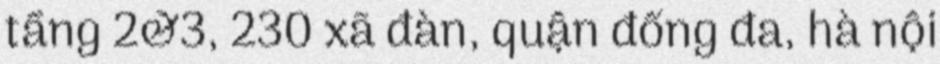
tầng 2&3, 230 xã đàn, quận đống đa, hà nội